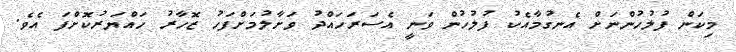
މިކަން ފުލުހުންނަށް އެނގުމާއެކު ފުލުހުން ވަނީ އެސަރަހައްދު ވަށާލުމަށްފަހު ޒޮހާރު ހައްޔަރުކޮށްފަ އެވެ.